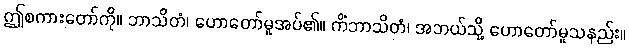
ဤစကားတော်ကို။ ဘာသိတံ၊ ဟောတော်မူအပ်၏။ ကိံဘာသိတံ၊ အဘယ်သို့ ဟောတော်မူသနည်း။